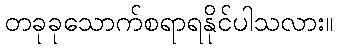
တခုခုသောက်စရာရနိုင်ပါသလား။